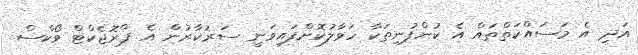
އަދި އެ މަސައްކަތްތައް އެ ކުންފުނިތަކާ ހަވާލުކޮށްފައިވަނީ ސަރުކާރުން އެ ޕްރޮޖެކްޓް ވޯކްސް